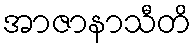
အာဇာနာသီတိ